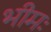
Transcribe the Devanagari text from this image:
भीमः